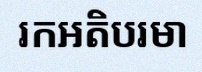
រកអតិបរមា